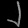
Digit: ၂